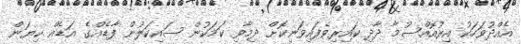
އެއްދުވަހަކު އިރުއޮއްސުމާ ދާދި ކައިރިވެފައިވަނިކޮށް ދިމާވި ކަމަކުން ސައިކަލުން ފާޑެއްގެ އަޑެއް ކިޔަން